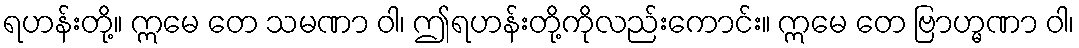
ရဟန်းတို့။ ဣမေ တေ သမဏာ ဝါ၊ ဤရဟန်းတို့ကိုလည်းကောင်း။ ဣမေ တေ ဗြာဟ္မဏာ ဝါ၊